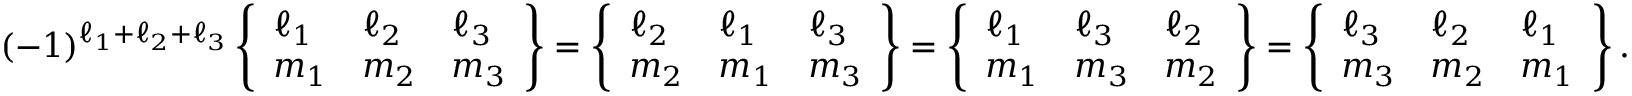
( - 1 ) ^ { \ell _ { 1 } + \ell _ { 2 } + \ell _ { 3 } } \left\{ \begin{array} { l l l } { \ell _ { 1 } } & { \ell _ { 2 } } & { \ell _ { 3 } } \\ { m _ { 1 } } & { m _ { 2 } } & { m _ { 3 } } \end{array} \right\} = \left\{ \begin{array} { l l l } { \ell _ { 2 } } & { \ell _ { 1 } } & { \ell _ { 3 } } \\ { m _ { 2 } } & { m _ { 1 } } & { m _ { 3 } } \end{array} \right\} = \left\{ \begin{array} { l l l } { \ell _ { 1 } } & { \ell _ { 3 } } & { \ell _ { 2 } } \\ { m _ { 1 } } & { m _ { 3 } } & { m _ { 2 } } \end{array} \right\} = \left\{ \begin{array} { l l l } { \ell _ { 3 } } & { \ell _ { 2 } } & { \ell _ { 1 } } \\ { m _ { 3 } } & { m _ { 2 } } & { m _ { 1 } } \end{array} \right\} .